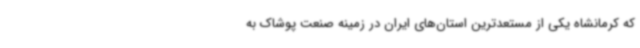
که کرمانشاه یکی از مستعدترین استان‌های ایران در زمینه صنعت پوشاک به